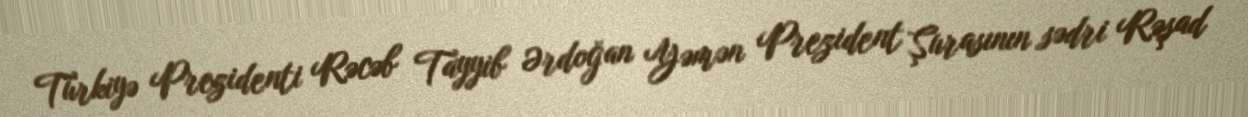
Türkiyə Prezidenti Rəcəb Tayyib Ərdoğan Yəmən Prezident Şurasının sədri Rəşad